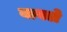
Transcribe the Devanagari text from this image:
बावले